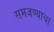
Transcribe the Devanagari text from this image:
समजण्याचा